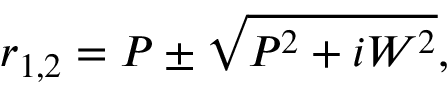
r _ { 1 , 2 } = P \pm \sqrt { P ^ { 2 } + i W ^ { 2 } } ,